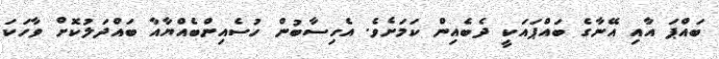
ބައްޕަ އާއި އޭނާގެ ބައްޕައަކީ ދެބެއިން ކަމަށެވެ. އެހިސާބުން ހުސެއިންބެއްޔާއާ ބައްދަލުކޮށް ވާހަކަ